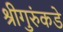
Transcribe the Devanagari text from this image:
श्रीगुरुंकडे